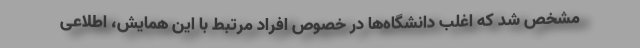
مشخص شد که اغلب دانشگاه‌ها در خصوص افراد مرتبط با این همایش، اطلاعی